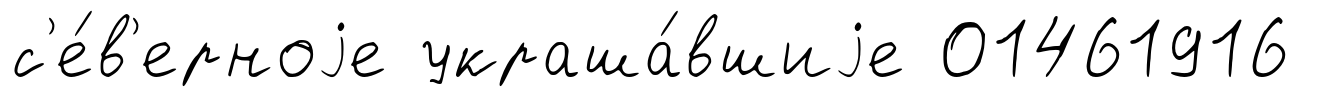
с'е́в'ерноjе украша́вшиjе 01461916